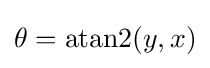
\theta ={\text{atan}}2(y,x)